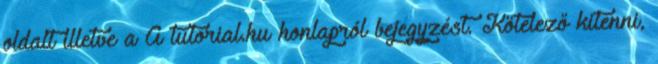
oldalt illetve a A tutorial.hu honlapról bejegyzést. Kötelező kitenni,